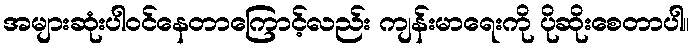
အများဆုံးပါဝင်နေတာကြောင့်လည်း ကျန်းမာရေးကို ပိုဆိုးစေတာပါ။